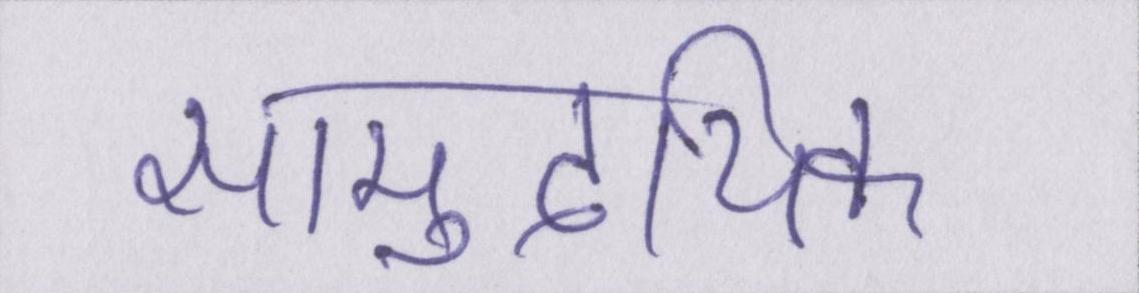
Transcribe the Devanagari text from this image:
सामुदायिक